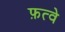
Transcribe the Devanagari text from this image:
फ़त्वे